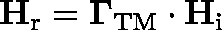
\mathbf { H } _ { \mathrm { r } } = \mathbf { \Gamma } _ { \mathrm { T M } } \cdot \mathbf { H } _ { \mathrm { i } }